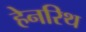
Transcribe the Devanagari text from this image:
हेनरिथ